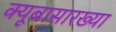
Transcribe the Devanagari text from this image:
क्यूबासारख्या